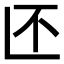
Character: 𱎁